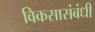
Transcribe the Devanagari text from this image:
विकसासंबंधी